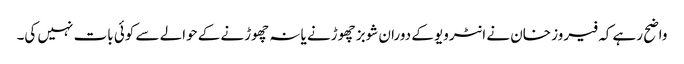
واضح رہے کہ فیروز خان نے انٹرویو کے دوران شوبز چھوڑنے یا نہ چھوڑنے کے حوالے سے کوئی بات نہیں کی۔